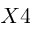
X 4